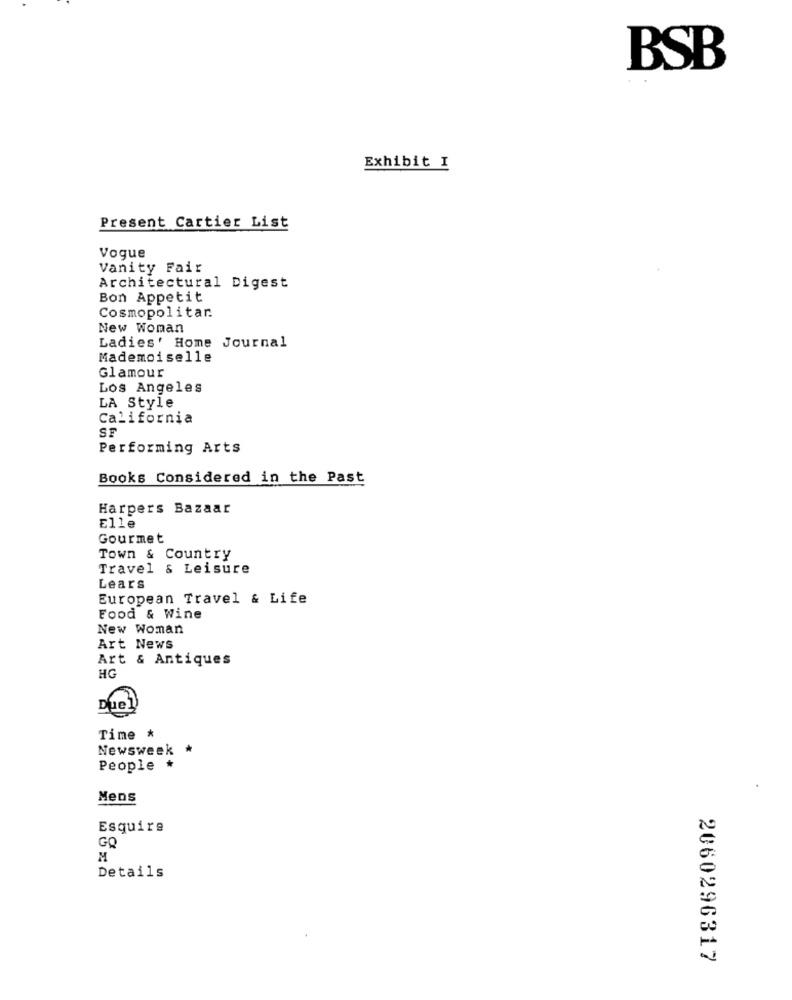
BSB
Exhibit I
Present Cartier List
Vogue
Vanity Fair
Architectural Digest
Bon Appetit
Cosmopolitar.
New Woman
Ladies' Home
Journal
Mademoiselle
Glamour
Los Angeles
LA Style
California
ST
Performing Arts
Books Considered in the Past
Harpers Bazaar
Elle
Gourmet
Town & Country
Travel & Leisure
Lears
European Travel & Life
Food & Wine
New Woman
Art News
Art & Antiques
HG
Due1)
Time *
Newsweek *
People *
Mens
Esquire
GQ
M
Details
2060296317